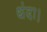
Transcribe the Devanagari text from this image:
धंदा।